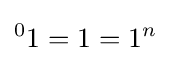
{^{0}1}=1=1^{n}